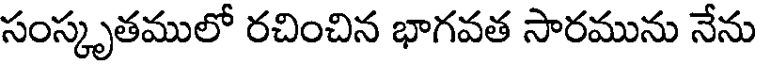
సంస్కృతములో రచించిన భాగవత సారమును నేను